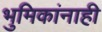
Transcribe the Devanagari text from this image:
भुमिकांनाही